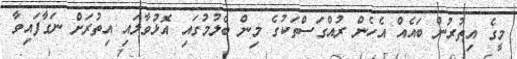
މީގެ އިތުރުން ބައެއް އެހެން ރުއްގަސްތަކުގެ މިން ބެލުމުގައި އޮޅުވާލައި އިތުރަށް ނަގާފައިވާ